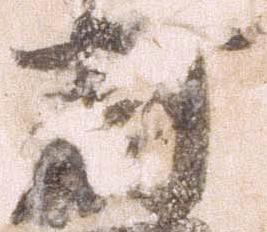
打